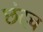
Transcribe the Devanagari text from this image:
छंदच